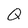
Character: Q